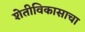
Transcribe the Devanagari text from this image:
शेतीविकासाचा